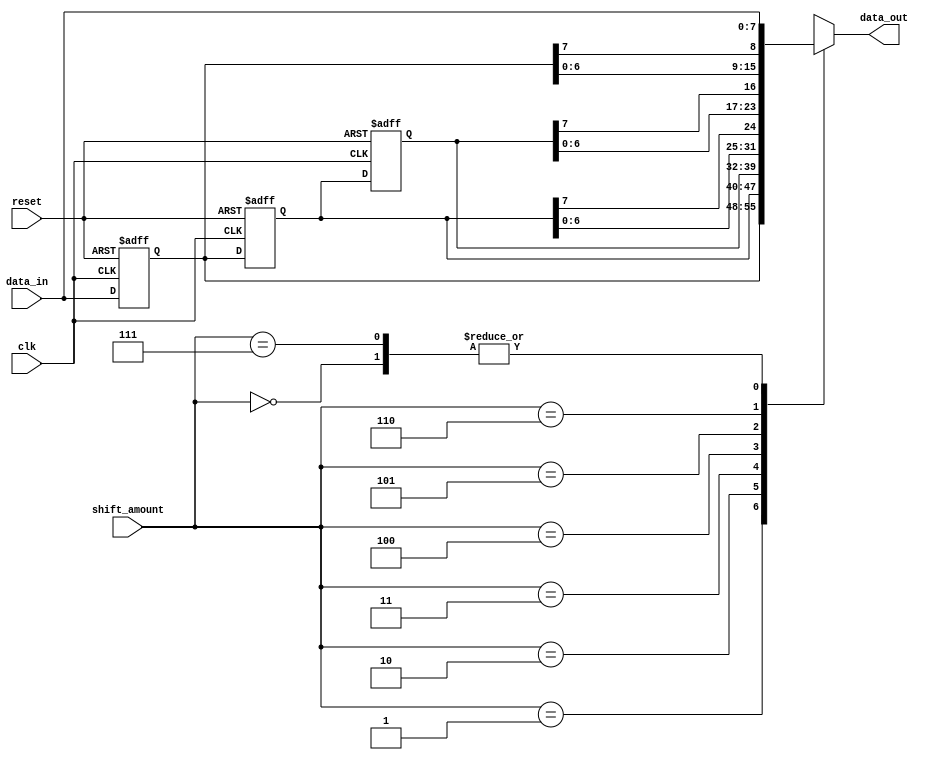
module barrel_shifter (
    input wire clk,
    input wire reset,
    input wire [7:0] data_in,
    input wire [2:0] shift_amount,
    output reg [7:0] data_out
);

reg [7:0] data [2:0];

always @ (posedge clk or posedge reset) begin
    if (reset) begin
        data[0] <= 8'b00000000;
        data[1] <= 8'b00000000;
        data[2] <= 8'b00000000;
    end else begin
        data[0] <= data_in;
        data[1] <= data[0];
        data[2] <= data[1];
    end
end

always @ (*) begin
    case (shift_amount)
        3'b000: data_out = data_in;
        3'b001: data_out = data[0];
        3'b010: data_out = data[1];
        3'b011: data_out = data[2];
        3'b100: data_out = {data[1][6:0], data[1][7]};
        3'b101: data_out = {data[2][6:0], data[2][7]};
        3'b110: data_out = {data[0][6:0], data[0][7]};
        3'b111: data_out = data_in;
        default: data_out = 8'b00000000;
    endcase
end

endmodule